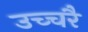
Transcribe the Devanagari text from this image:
उच्‍चरै